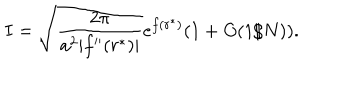
I = \sqrt { \frac { 2 \pi } { a ^ { 2 } | f ^ { \prime \prime } ( r ^ { * } ) | } } e ^ { f ( r ^ { * } ) } ( 1 + O ( 1 / N ) ) .